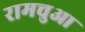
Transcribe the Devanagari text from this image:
रामचुआ